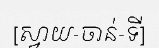
[ស្វាយ-ចាន់-ទី]